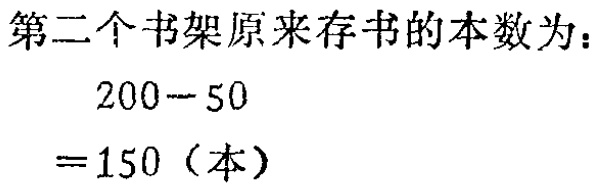
第二个书架原来存书的本数为：

\[

\begin{align*}

&200 - 50\\

=&150（本）

\end{align*}

\]